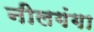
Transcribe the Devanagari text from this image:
नीलगंगा